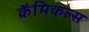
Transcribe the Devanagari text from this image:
कॅमिकल्स